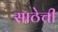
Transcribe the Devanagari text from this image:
साठेची